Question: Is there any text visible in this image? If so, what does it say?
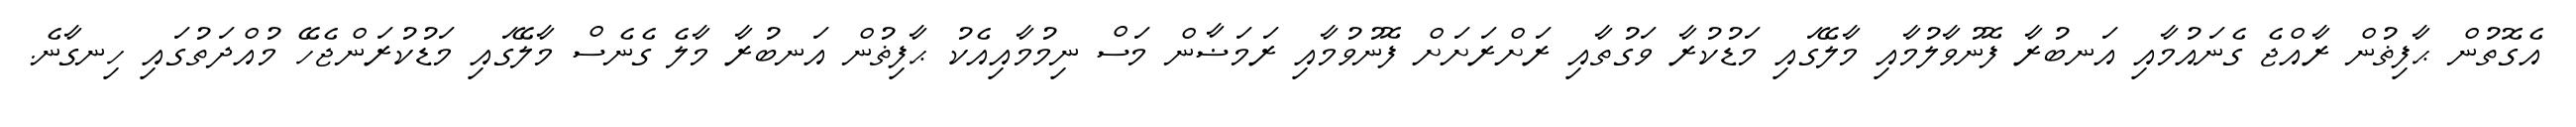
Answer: އެގޮތުން ޙާފިޡުން ރާއްޖެ ގެނައުމާއި އަނބުރާ ފޮނުވާލުމާއި މާލޭގައި މަޑުކުރާ ވަގުތާއި ރަށްރަށަށް ފޮނުވުމާއި ރަމަޟާން މަސް ނިމުމާއިއެކު ޙާފިޡުން އަނބުރާ މާލެ ގެނެސް މާލޭގައި މަޑުކުރަންޖެހޭ މުއްދަތުގައި ހިނގާނެ.